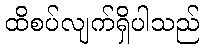
ထိစပ်လျက်ရှိပါသည်